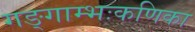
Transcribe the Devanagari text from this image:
गङ्गाम्भःकणिका